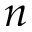
n